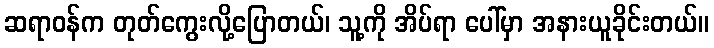
ဆရာဝန်က တုတ်ကွေးလို့ပြောတယ်၊ သူ့ကို အိပ်ရာ ပေါ်မှာ အနားယူခိုင်းတယ်။